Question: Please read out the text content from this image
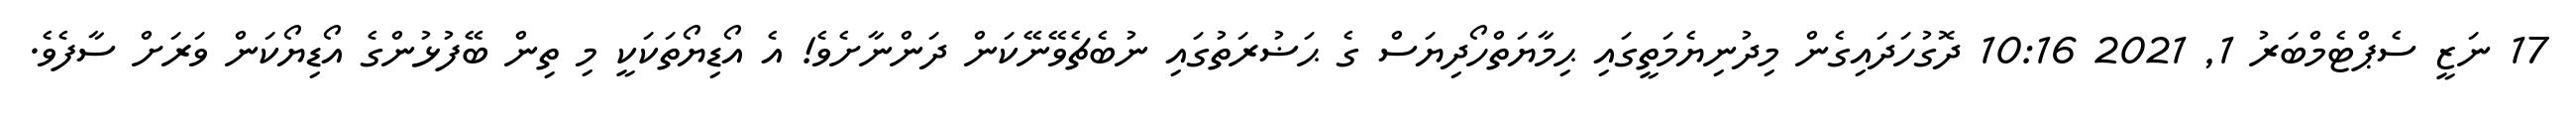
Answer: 17 ނަޒީ ސެޕްޓެމްބަރު 1, 2021 10:16 ދޮގުހަދައިގެން މިދުނިޔެމަތީގައި ޙިމާޔަތްހޯދިޔަސް ގެ ޙަޟުރަތުގައި ނުބެޗެވޭނޭކަން ދަންނާށެވެ! އެ އޯޑިޔޯތަކަކީ މި ތިން ބޭފުޅުންގެ އޯޑިޔޯކަން ވަރަށް ސާފެވެ.